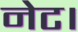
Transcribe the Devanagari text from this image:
नेट।